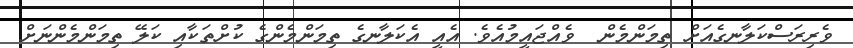
ވެރިރަސްކަލާނގެއަށް ތިމަންމެން  ވެއްޖައީމުއެވެ. އެއީ އެކަލާނގެ ތިމަންމެންގެ ކުށްތަކާއި ކަލޭ ތިމަންމެންނަށް